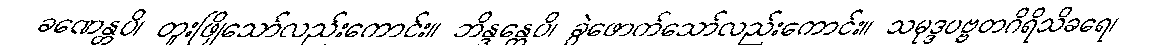
ခဏေန္တပိ၊ တူးဖြိုသော်လည်းကောင်း။ ဘိန္ဒန္တေပိ၊ ခွဲဖောက်သော်လည်းကောင်း။ သမုဒ္ဒပဗ္ဗတဂိရိသိခရေ၊